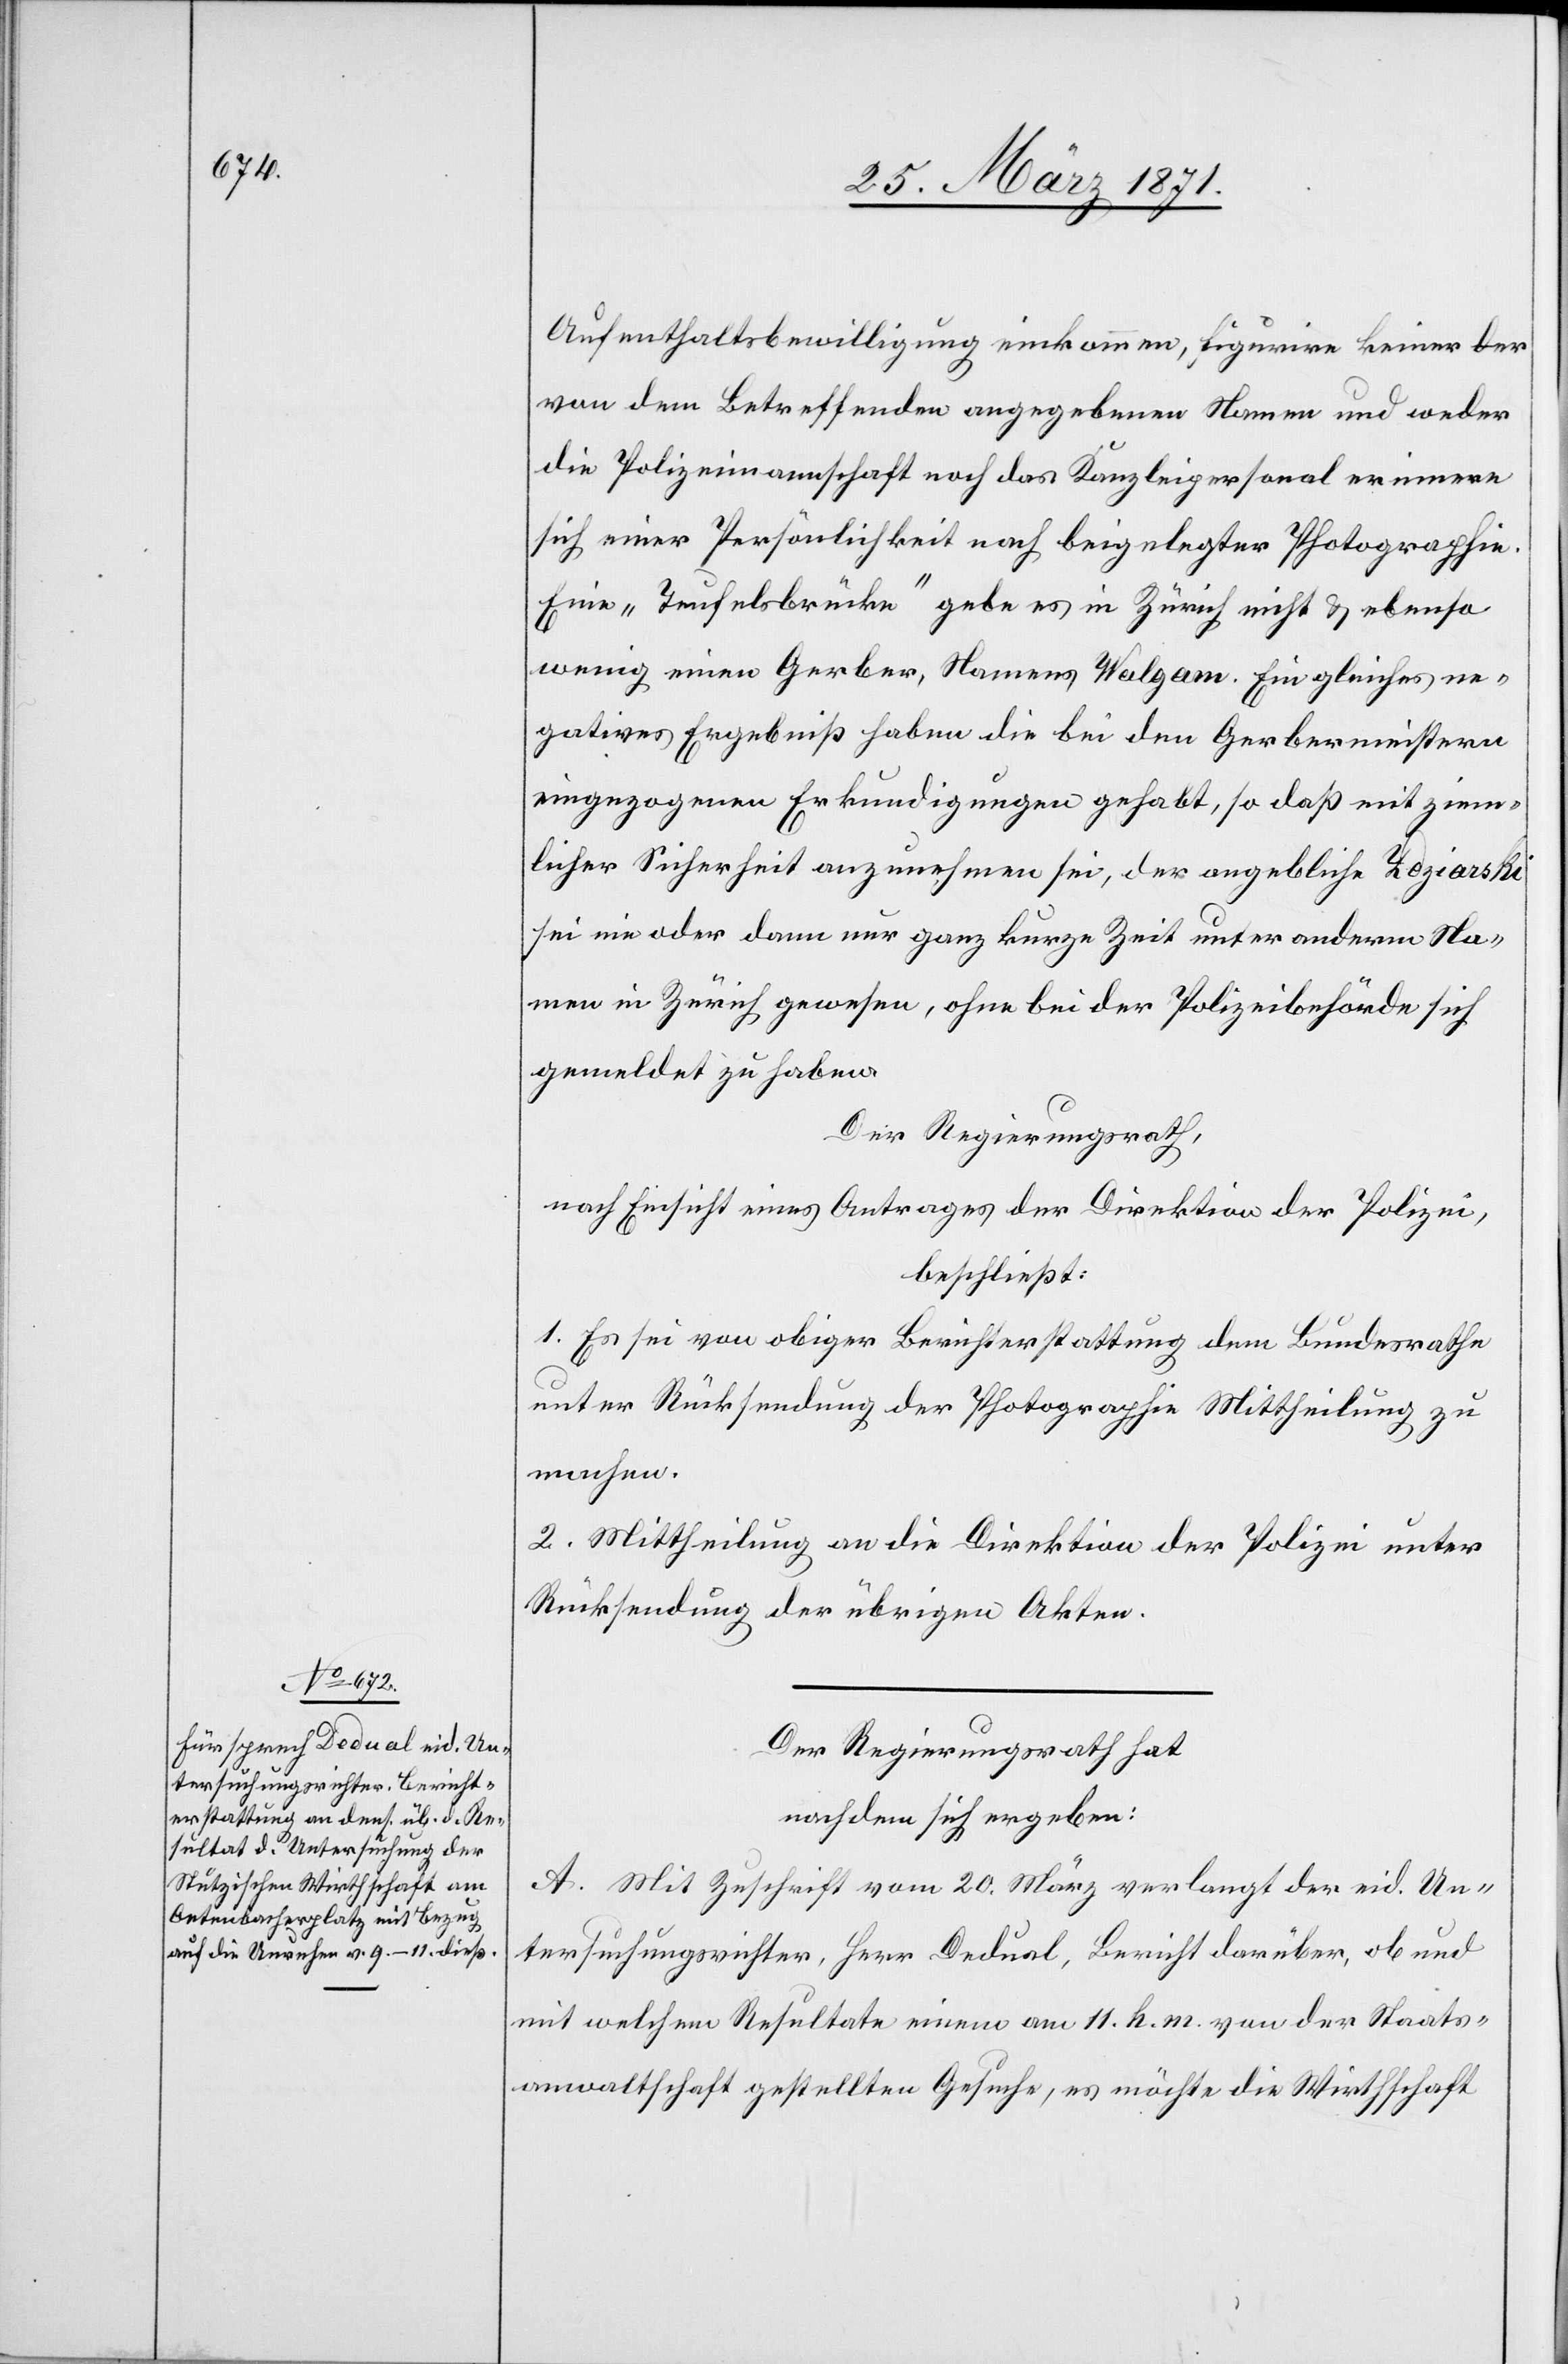
Aufenthaltsbewilligung einkommen, figurire keiner der
von dem Betreffenden angegebenen Namen und weder
die Polizeimannschaft noch das Kanzleipersonal erinnere
sich einer Persönlichkeit nach beigelegter Photographie.
Eine „Teufelsbrücke“ gebe es in Zürich nicht u. ebenso
wenig einen Gerber, Names Wulgam. Ein gleiches ne¬
gatives Ergebniß haben die bei den Gerbermeistern
eingezogenen Erkundigungen gehabt, so daß mit ziem¬
licher Sicherheit anzunehmen sei, der angebliche Zdziarski
sei nie oder dann nur ganz kurze Zeit unter anderm Na¬
men in Zürich gewesen, ohne bei der Polizeibehörde sich
gemeldet zu haben.
Der Regierungsrath,
nach Einsicht eines Antrages der Direktion der Polizei,
beschließt:
1. Es sei von obiger Berichterstattung dem Bundesrathe
unter Rücksendung der Photographie Mittheilung zu
machen.
2. Mittheilung an die Direktion der Polizei unter
Rücksendung der übrigen Akten.
Der Regierungsrath hat
nachdem sich ergeben:
A. Mit Zuschrift vom 20. März verlangt der eid. Un¬
tersuchungsrichter, Herr Dedual, Bericht darüber, ob und
mit welchem Resultate einem am 11. h. m. von der Staats¬
anwaltschaft gestellten Gesuche, es möchte die Wirthschaft